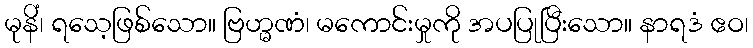
မုနိံ၊ ရသေ့ဖြစ်သော။ ဗြဟ္မဏံ၊ မကောင်းမှုကို အပပြုပြီးသော။ နာရဒံ ဧဝ၊